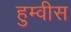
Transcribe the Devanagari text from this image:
हुम्वीस